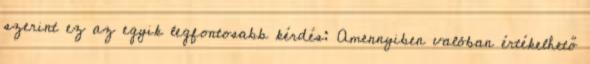
szerint ez az egyik legfontosabb kérdés: Amennyiben valóban értékelhető